Vital statistics of India. Vol. V, Reports of 1876 on armies & jails and on epidemic cholera
Year: 1876
Disease focus: Cholera
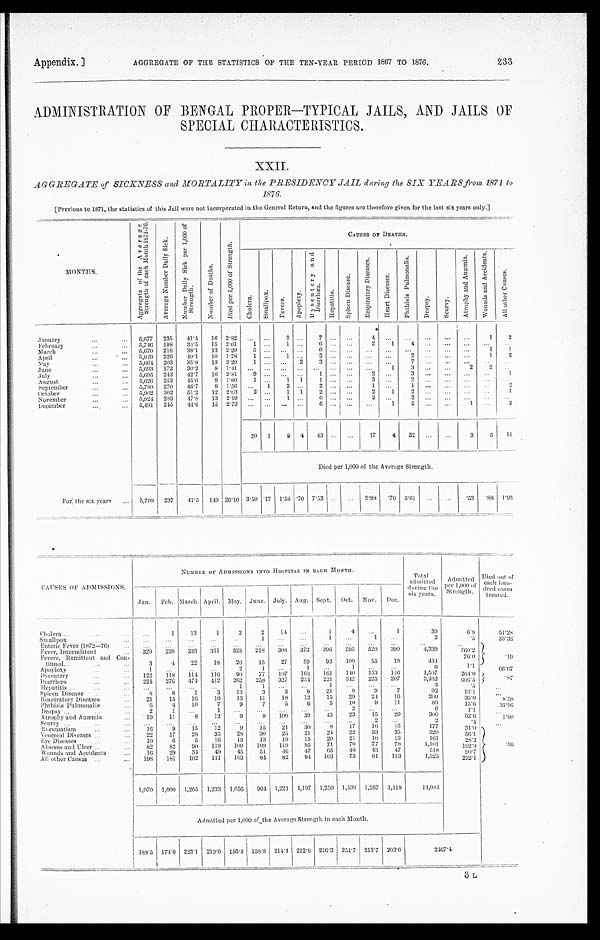
Appendix.] AGGREGATE OF THE STATISTICS OF THE TEN-YEAR PERIOD 1867 TO 1876. 233
ADMINISTRATION OF BENGAL PROPER—TYPICAL JAILS, AND JAILS OF
SPECIAL CHARACTERISTICS.
XXII.
AGGREGATE of SICKNESS and MORTALITY in the PRESIDENCY JAIL during the SIX YEARS from 1871 to
1876.
[Previous to 1871, the statistics of this Jail were not incorporated in the General Return, and the figures are therefore given for the last six years only.]
MONTHS
A g g r e g a t e o f t h e A v e r a g e S t r e n g t h o f e a c h M o n t h 1 8 7 1 - 7 0 .
A v e r a g e N u m b e r D a i l y S i c k .
N u m b e r D a i l y S i c k p e r 1 , 0 0 0 o f S t r e n g t h .
N u m b e r o f D e a t h s .
D i e d p e r 1 , 0 0 0 o f S t r e n g t h .
CAUSES OF DEATHS.
C h o l e r a .
S m a l l p o x .
F e v e r s .
A p o p l e x y .
D y s e n t e r y a n d D i a r r h œ a .
H e p a t i t i s .
S p l e e n D i s e a s e .
R e s p i r a t o r y D i s e a s e s .
H e a r t D i s e a s e s .
P h t h i s i s P u l m o n a l i s .
D r o p s y .
S e u r v y .
A t r o p h y a n d A n æ m i a .
W o u n d s a n d A c c i d e n t s .
A l l o t h e r C a u s e s .
January
5 , 6 7 7
2 3 5
4 1 · 4
1 6 2 · 8 2
. . .
. . .
2
. . .
7
. . . . . .
4
. . .
. . .
. . .
. . .
. . .
1
2
February
5 , 7 4 6
1 9 8
3 4 · 5
1 5 2 · 6 1
1 . . .
1 . . .
6 . . . . . .
2
1
4 . . .
. . .
. . .
. . .
. . .
M a r c h
5 , 6 7 0
2 1 6
3 8 · 1
1 3 2 · 2 0
5
. . . . . .
. . .
6 . . . . . .
. . . . . .
. . .
. . .
. . .
. . .
1
1
April
5 , 6 2 9
2 2 6
4 0 · 1
1 0 1 · 7 8
1 . . .
1 . . . 3
. . . . . .
. . .
. . . 2
. . .
. . .
. . .
1
2
May
5 , 6 6 4
2 0 3
3 5 · 8
1 3 2 · 2 9
1
. . . . . .
2 3
. . . . . .
. . .
. . .
7
. . .
. . .
. . .
. . .
. . .
June
5 , 6 9 3
1 7 2
3 0 · 2
8
1 · 4 1
. . .
. . . . . .
. . .
. . .
. . . . . .
. . .
1
3 . . .
. . .
2
2 . . .
July
5 , 6 9 5
2 4 3
4 2 · 7
1 6 2 · 8 1
9 . . . . . .
. . .
1 . . . . . .
2 . . .
3
. . .
. . .
. . .
. . .
1
August
5 , 6 2 6
2 5 3
4 5 · 0
9 1 · 6 0
1 . . . 1
1 1
. . . . . .
3 . . .
2 . . .
. . .
. . .
. . .
. . .
September
5 , 7 8 0
2 7 0
4 6 · 7
9 1 · 5 6
. . .
1
2 . . .
2 . . . . . .
1 . . .
1 . . .
. . .
. . .
. . .
2
O c t o b e r
5 , 9 0 2
3 0 2
5 1 · 2
1 2 2 · 0 3
2
. . .
1 1 2
. . . . . .
2 1
2 . . .
. . .
. . .
. . .
1
November
5 , 9 2 4
2 8 3
4 7 · 8
1 3 2 · 1 9
. . .
. . . 1
. . . 6
. . . . . .
3 . . .
3 . . .
. . .
. . .
. . .
. . .
December
5 , 4 9 1
2 4 5
4 4 · 6
1 5 2 · 7 3
. . . . . .
. . .
. . . 6
. . . . . .
. . .
1
5 . . . . . .
1 . . .
2
20 1
9 4 43 ...
. . . 17
4 32 ... ...
3
5
2
Died per 1,000 of the Average Strength.
F o r t h e s i x y e a r s
5 , 7 0 8
2 3 7
4 1 · 5
1 4 9
2 6 · 1 0
3 · 5 0
· 1 7
1 · 5 8
· 7 0
7 · 5 3
. . .
. . .
2 · 9 8
· 7 0
5 · 6 1
. . .
. . .
· 5 2
· 8 9
1 · 9 3 1
C A U S E S O F A D M I S S I O N S .
NUMBER OF ADMISSIONS INTO HOSPITAL IN EACH MONTH.
T o t a l a d m i t t e d d u r i n g t h e s i x y e a r s .
A d m i t t e d p e r 1 , 0 0 0 o f S t r e n g t h .
D i e d o u t o f e a c h h u n - d r e d c a s e s t r e a t e d .
J a n .
F e b .
M a r c h .
A p r i l .
M a y .
J u n e .
J u l y .
A u g .
S e p t .
O c t .
N o v .
D e c .
C h o l e r a
. . .
1
1 3
1
2
2
1 4 . . .
1
4 . . .
1
3 9
6 · 8
5 1 · 2 8
S m a l l p o x
. . .
. . .
. . .
. . .
. . .
1
. . .
1 1
. . .
1
. . .
3
· 5
3 3 · 3 3
Ent e r i c Fe ve r ( 1872—76)
. . .
. . .
. . . . . .
. . .
. . .
. . .
. . .
. . .
. . .
. . .
. . .
. . .
. . .
· 1 9
Fever, Intermittent
3 2 9
2 3 8
3 3 3
3 1 1
3 2 8
2 1 8
3 0 8
3 7 3
3 9 6
5 9 5
5 2 0
3 9 0
4 , 3 3 9
7 6 0 · 2
Fever, Remittent and Co-tinued
3
4
2 2
1 8
2 0
1 5
2 7
5 9
9 2
1 0 0
5 5
1 9
4 3 4
7 6 · 0
A p o p l e x y
1
. . . . . .
. . .
1
1
. . .
1
. . .
1 . . .
. . .
6
1 · 1
6 6 · 6 7
D y s e n t e r y
1 2 2
1 1 8
1 1 4
1 1 6
9 0
7 7
1 0 7
1 6 3
1 6 1
1 4 0
1 5 3
1 4 6
1 , 5 0 7
2 6 4 · 0
· 8 7
Di arrhœa
2 2 4
2 7 6
4 7 4
4 1 2
2 6 2
2 5 8
3 2 7
2 3 4
2 2 1
3 4 2
2 2 5
2 0 7
3 , 4 6 2
6 0 6 · 5
Hepat i t i s
. . .
. . .
. . .
. . .
1
1
. . . . . .
1
. . .
. . .
. . .
3
· 5
. . .
Sp l e e n Di s e a s e
8
8
1
3
1 3
3
3
8
2 1
8
9
7
9 2
1 6 · 1
...
R e s p i r a t o r y Di s e a s e
2 1
1 5
1 6
1 0
1 3
1 1
1 8
1 2
1 5
2 9
2 4
1 6
2 0 0
3 5 · 0
8 · 5 0
P h t h i s i s P u l mo n a l i s
6
4
1 0
7
9
7
5
6
5
1 0
9
1 1
8 9
1 5 · 6
3 5 · 9 6
D r o p s y
2 1
. . .
1
. . .
. . .
. . .
. . .
. . .
. . .
. . .
. . .
6
1 · 1 ...
At r o p h y a n d An æmi a
1 0
1 1
8
1 2
9
8
1 0 0
3 9
4 5
2 3
1 5
2 0
3 0 0
5 2 · 6
1 · 0 0
S e u r v y
. . .
. . . . . .
. . .
. . .
. . .
. . .
. . .
. . .
. . .
. . .
2
. . .
· 4 ...
Rheumatism
1 6
9
1 5
1 2
9
1 5
2 1
3 0
8
1 7
1 0
1 5
1 7 7
3 1 · 0
· 5 6
V e n e r e a l D i s e a s e s
2 2
1 7
2 8
3 5
2 8
3 0
2 5
2 1
2 4
2 2
3 3
3 5
3 2 0
5 6 · 1
E y e D i s e a s e s
1 0
6
5
1 6
1 3
1 3
1 9
1 5
2 0
2 1
1 0
1 3
1 6 1
2 8 · 2
Ab s c e s s a n d Ul c e r
8 2
8 2
9 0
1 1 9
1 0 9
1 0 9
1 1 9
9 5
7 1
7 0 7 7
7 8
1 , 1 0 1
1 9 2 · 9
Wounds and Accidents
1 6
2 9
3 4
4 9
4 5
5 1
4 6
4 7
6 5
4 6
4 3
4 7
5 1 8
9 0 · 7
A l l o t h e r C a u s e s
1 9 8
1 8 1
1 0 2
1 1 1
1 0 3
8 4
8 2 9 4
1 0 3
7 3
8 1
1 1 3
1 , 3 2 5
2 3 2 · 1
1 , 0 7 0
1 , 0 0 0
1 , 2 6 5
1 , 2 3 3
1 , 0 5 6
9 0 4
1 , 2 2 1
1 , 1 9 7
1 , 2 5 0
1 , 5 3 0
1 , 2 6 7
1 , 1 1 8
1 4 , 0 8 4
Admitted per 1,000 of the Average Strength in each Month.
1 8 8 · 5
1 7 4 · 0
2 2 3 · 1
2 1 9 · 0
1 8 6 · 4
1 5 8 · 8
2 1 4 · 4
2 1 2 · 8
2 1 6 · 3
2 5 4 · 7
2 1 3 · 7
2 0 3 · 6
2 4 6 7 · 4
3 L